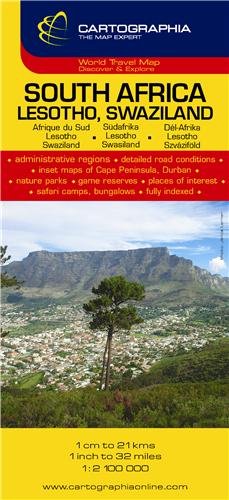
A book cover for South Africa, Lesotho, Swaziland (Michelin National Maps) (English, French and German Edition); Cartographia; Travel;